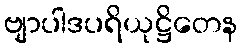
ဗျာပါဒပရိယုဋ္ဌိတေန